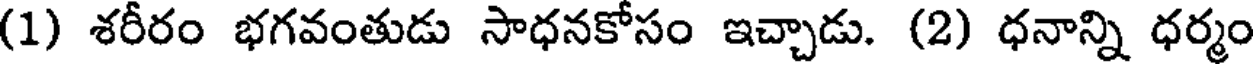
(1) శరీరం భగవంతుడు సాధనకోసం ఇచ్చాడు. (2) ధనాన్ని ధర్మం